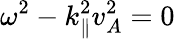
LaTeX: \omega^{2}-k_{\| }^{2}v_{A}^{2}=0